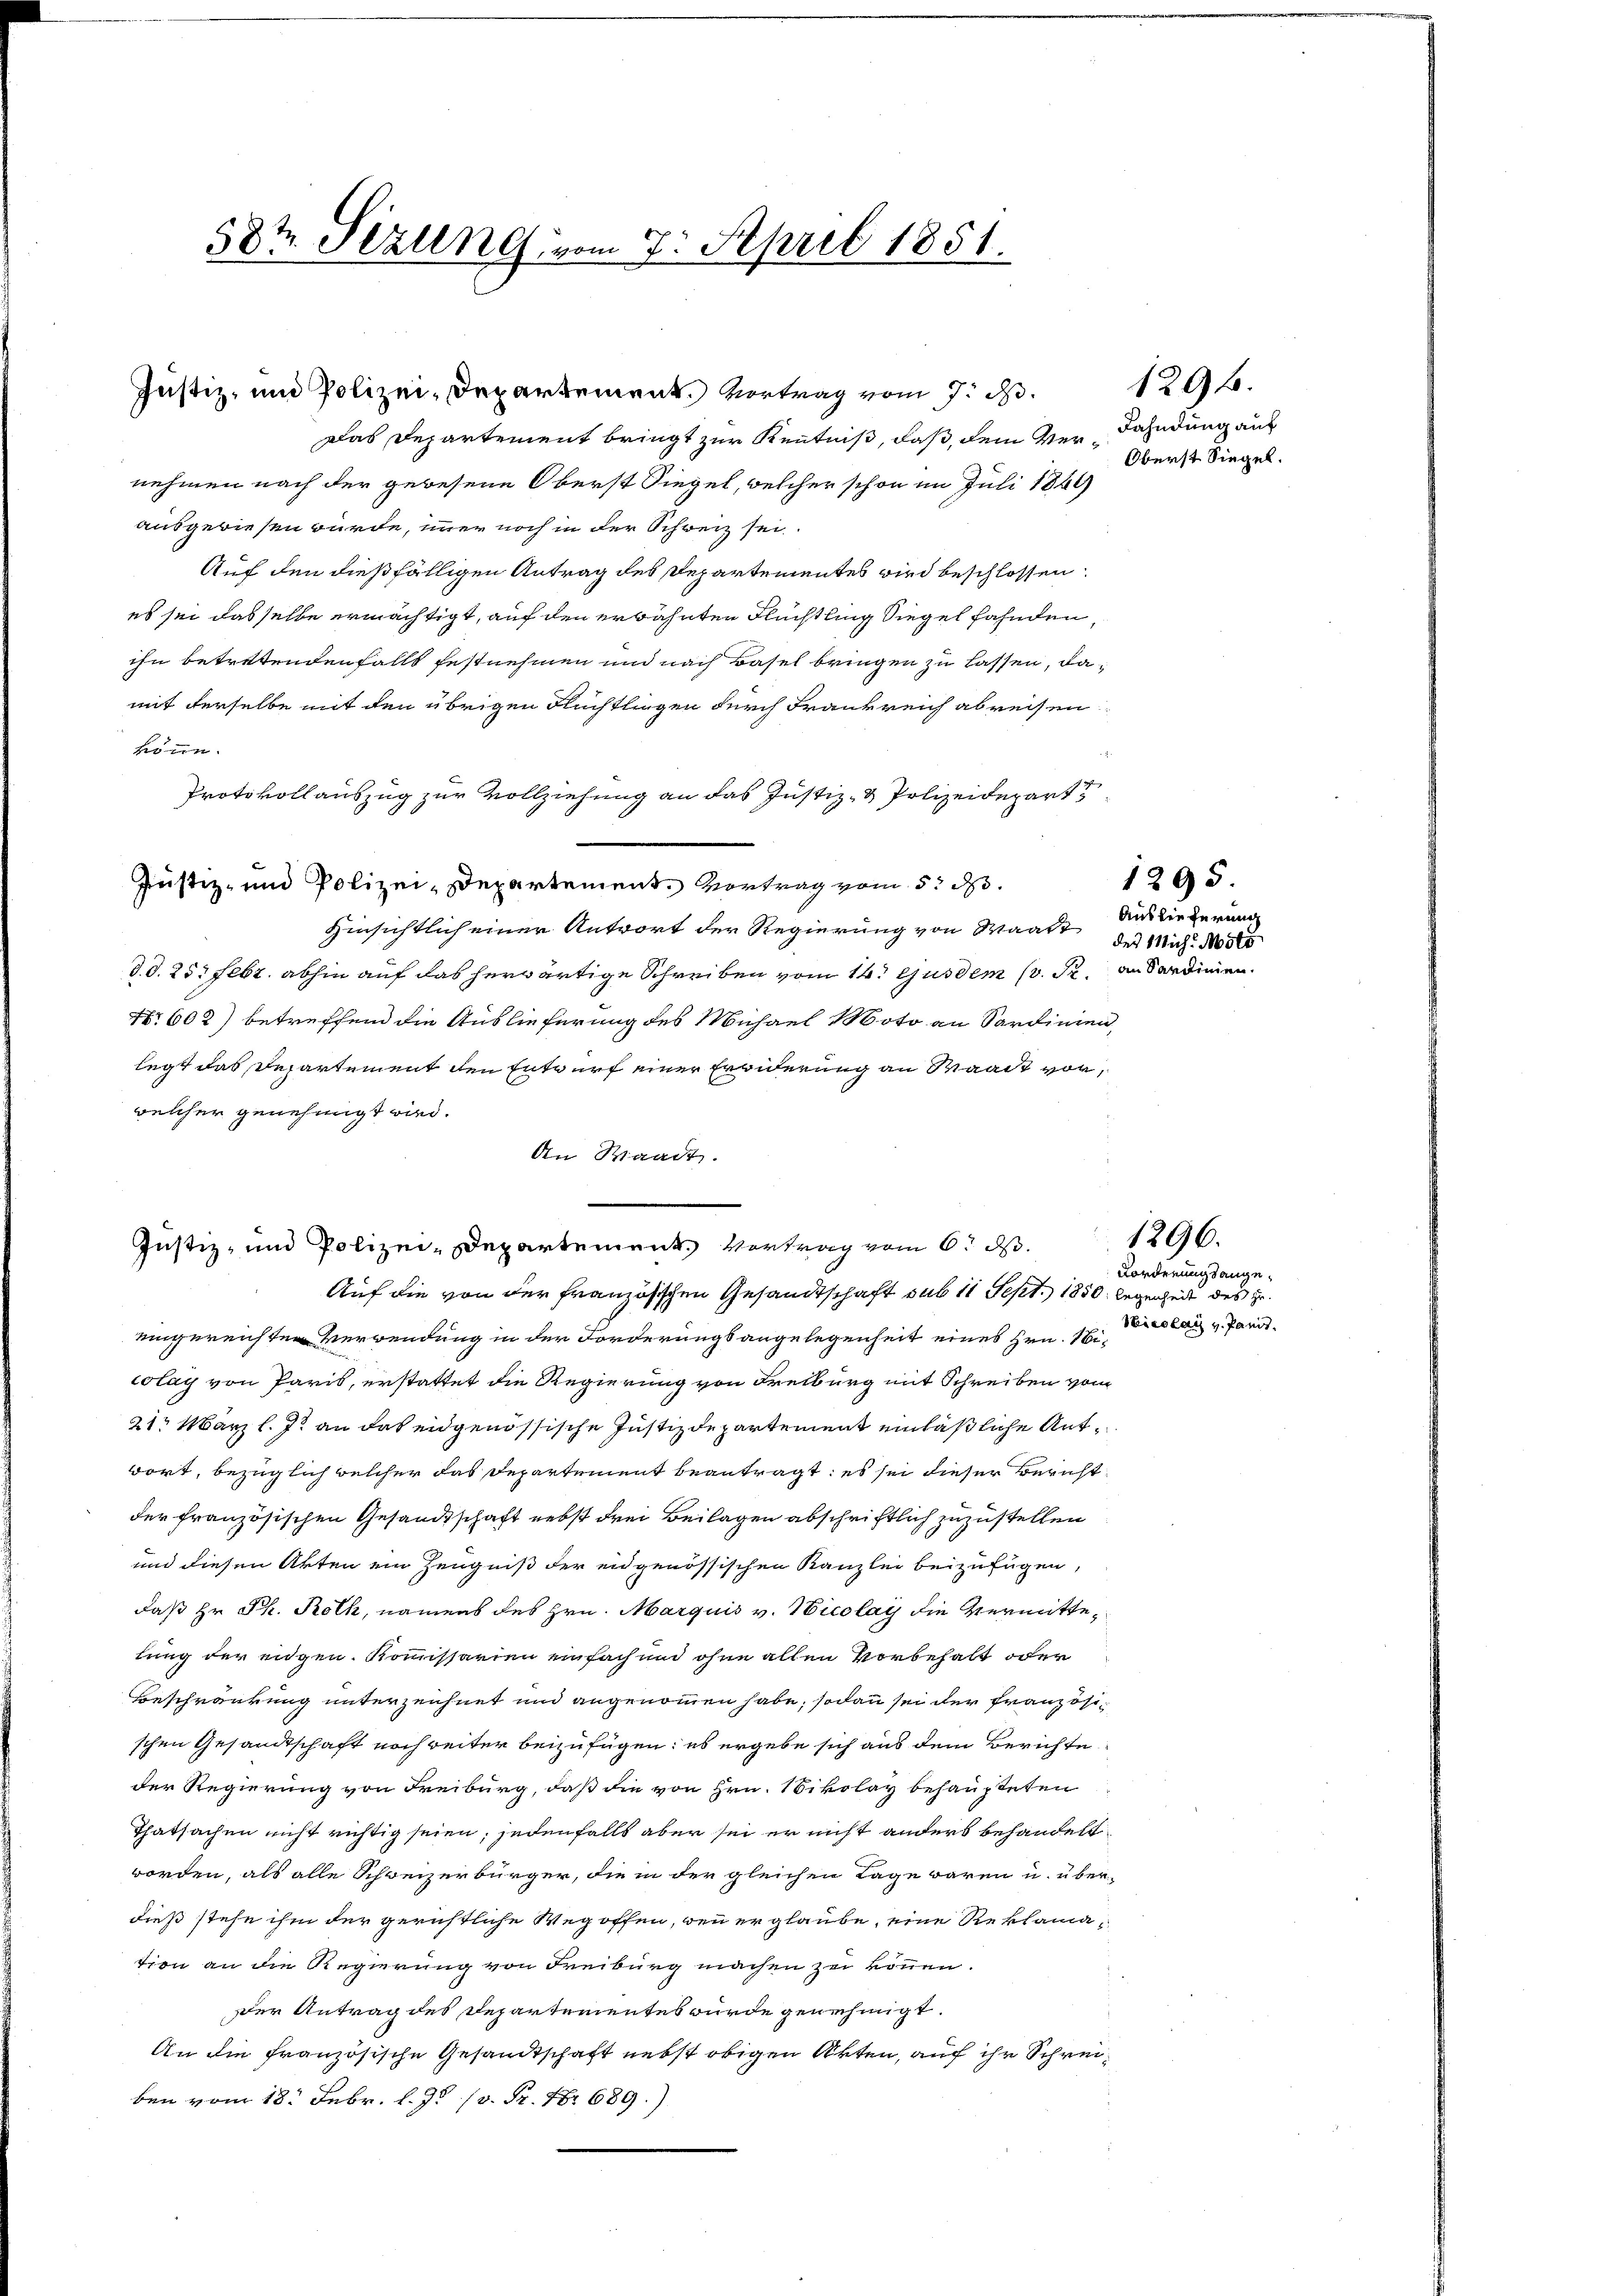
58t Sizung vom 7. April 1851.

Das Departement bringt zur Kenntniß, daß, dem Vernehmen nach der gewesene Oberst Siegel, welcher schon im Juli 1864
ausgewiesen würde, immer noch in der Schweiz sei.
Auf den dießfälligen Antrag des Departementes wird beschlossen:
es sei dasselbe ermächtigt, auf den erwähnten Flüchtling Siegel fahnden,
ihn betretendenfalls festnehmen und nach Basel bringen zu lassen, damit derselbe mit den übrigen Flüchtlingen durch Frankreich abreisen
könne.
Protokollauszug zur Vollziehung an das Justiz- & Polizeidepart
Justiz- und Polizei-Departement. Vortrag vom 5. d.
Hinsichtlich einer Antwort der Regierung von Waadt Auslieferung
d. d. 25. Febr. abhin auf das herwärtige Schreiben vom 14. Gusdem (v. Fr.
Nr. 602) betreffend die Auslieferung des Michael Moto an Sardinien,
legt das Departement den Entwurf einer Erwiderung an Waadt vor,
welcher genehmigt wird.
An Waadt.
Justiz- und Polizei-Departement. Vertrag vom 6. d.
Auf die von der französischen Gesandtschaft sub 11 Sept. 1850. legenheit des geeingereichten Verwendung in der Forderungsangelegenheit eines Hrn. Nicolay von Paris, erstattet die Regierung von Freiburg mit Schreiben vom
21t März l. J. an das eidgenössische Justizdepartement einläßliche Antwort, bezüglich welcher das Departement beantragt: es sei dieser Bericht
der französischen Gesandtschaft nebst drei Beilagen abschriftlich zuzustellen
und diesen Akten ein Zeugniß der eidgenössischen Kanzlei beizufügen,
daß Hr. Ph. Rolk, namens des Hrn. Marquis v. Nicolay die Vermittelung der eigen. Kommissarien einfach und ohne allen Vorbehalt oder
Beschränkung unterzeichnet und angenommen habe; sodann sei der Französischen Gesandtschaft noch weiter beizufügen; es ergebe sich aus dem Berichte
der Regierung von Freiburg, daß die von Hrn. Nikolay behaupteten
Thatsachen nicht richtig seien; jedenfalls aber sei er nicht anders behandelt
worden, als alle Schweizerbürger, die in der gleichen Lage waren u. über-
dieß stehe ihm der gerichtliche Weg offen, wenn er glaube, eine Reklamation an die Regierung von Freiburg machen zu können.
der Antrag des Departementes wurde genehmigt.
An die französische Gesandtschaft nebst obigen Akten, auf ihr Schreiben vom 18. Febr. l. Js. (v. Fr. No 689.)

Justiz- und Polizei-Departement. Vortrag vom 7. d.

Kahndung auf
Oberst Siegel.

des Mich. Moti
an Sardinien.

1295

1296.

1296.

Forderungsange¬
Sieslau v. Pandt.